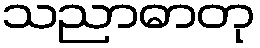
သညာဓာတု